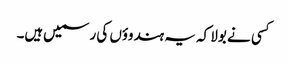
کسی نے بولا کہ یہ ہندوؤں کی رسمیں‌ہیں۔